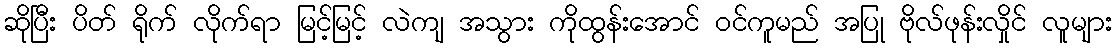
ဆိုပြီး ပိတ် ရိုက် လိုက်ရာ မြင့်မြင့် လဲကျ အသွား ကိုထွန်းအောင် ဝင်ကူမည် အပြု ဗိုလ်ဖုန်းလှိုင် လူများ